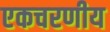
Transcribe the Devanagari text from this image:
एकचरणीय